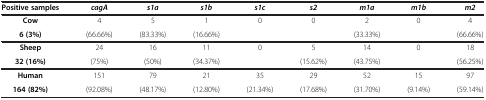
<table><thead><tr><td><b>Positive samples</b></td><td><b><i>cagA</i></b></td><td><b><i>s1a</i></b></td><td><b><i>s1b</i></b></td><td><b><i>s1c</i></b></td><td><b><i>s2</i></b></td><td><b><i>m1a</i></b></td><td><b><i>m1b</i></b></td><td><b><i>m2</i></b></td></tr></thead><tbody><tr><td><b>Cow</b></td><td>4</td><td>5</td><td>1</td><td>0</td><td>0</td><td>2</td><td>0</td><td>4</td></tr><tr><td><b>6 (3%)</b></td><td>(66.66%)</td><td>(83.33%)</td><td>(16.66%)</td><td> </td><td> </td><td>(33.33%)</td><td> </td><td>(66.66%)</td></tr><tr><td><b>Sheep</b></td><td>24</td><td>16</td><td>11</td><td>0</td><td>5</td><td>14</td><td>0</td><td>18</td></tr><tr><td><b>32 (16%)</b></td><td>(75%)</td><td>(50%)</td><td>(34.37%)</td><td> </td><td>(15.62%)</td><td>(43.75%)</td><td> </td><td>(56.25%)</td></tr><tr><td><b>Human</b></td><td>151</td><td>79</td><td>21</td><td>35</td><td>29</td><td>52</td><td>15</td><td>97</td></tr><tr><td><b>164 (82%)</b></td><td>(92.08%)</td><td>(48.17%)</td><td>(12.80%)</td><td>(21.34%)</td><td>(17.68%)</td><td>(31.70%)</td><td>(9.14%)</td><td>(59.14%)</td></tr></tbody></table>